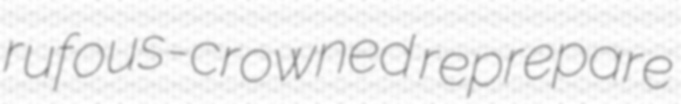
rufous-crowned reprepare